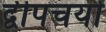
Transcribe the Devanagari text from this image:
द्वीपचर्या